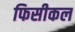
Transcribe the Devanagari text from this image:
फिसीकल